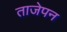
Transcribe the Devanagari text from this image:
ताजेपन